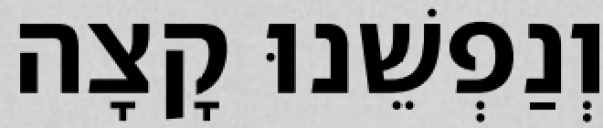
וְנַפְשֵׁנוּ קָצָה